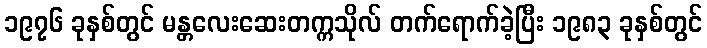
၁၉၇၆ ခုနှစ်တွင် မန္တလေးဆေးတက္ကသိုလ် တက်ရောက်ခဲ့ပြီး ၁၉၈၃ ခုနှစ်တွင်